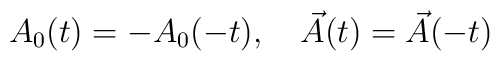
A_0(t) = - A_0(-t),\quad \vec A(t)=\vec A(-t)